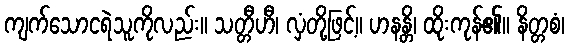
ကျက်သောငရဲသူကိုလည်း။ သတ္တီဟီ၊ လှံတို့ဖြင့်။ ဟနန္တိ၊ ထိုးကုန်၏။ နိတ္တစံ၊